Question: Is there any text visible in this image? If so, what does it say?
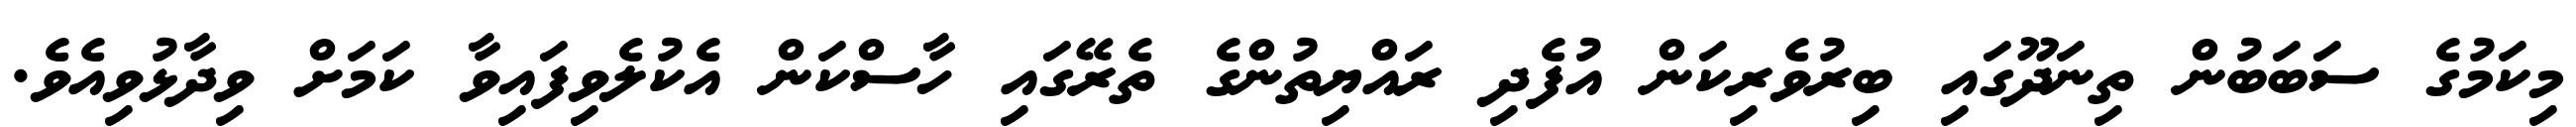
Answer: މިކަމުގެ ސަބަބުން ތިނަދޫގައި ބިރުވެރިކަން އުފެދި ރައްޔިތުންގެ ތެރޭގައި ހާސްކަން އެކުލެވިފައިވާ ކަމަށް ވިދާޅުވިއެވެ.